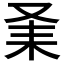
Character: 𠬽